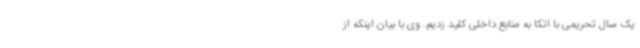
یک سال تحریمی با اتکا به منابع داخلی کلید زدیم. وی با بیان اینکه از